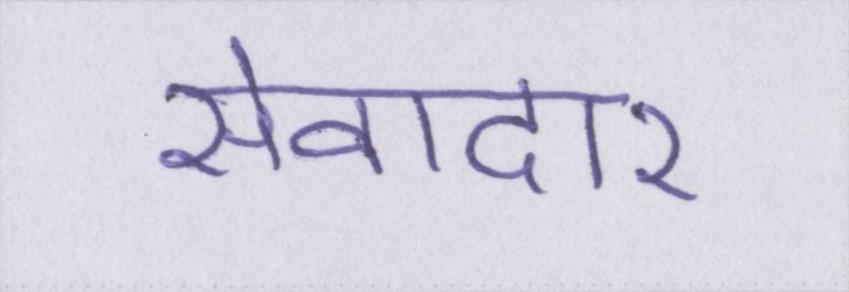
सेवादार